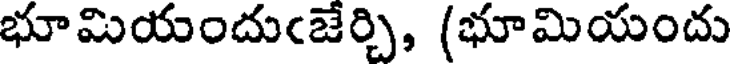
భూమియందుఁజేర్చి, (భూమియందు